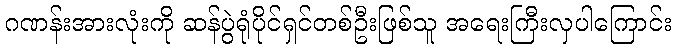
ဂဏန်းအားလုံးကို ဆန်ပွဲရုံပိုင်ရှင်တစ်ဦးဖြစ်သူ အရေးကြီးလှပါကြောင်း